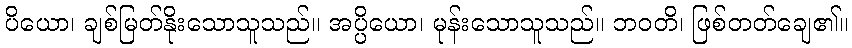
ပိယော၊ ချစ်မြတ်နိုးသောသူသည်။ အပ္ပိယော၊ မုန်းသောသူသည်။ ဘဝတိ၊ ဖြစ်တတ်ချေ၏။